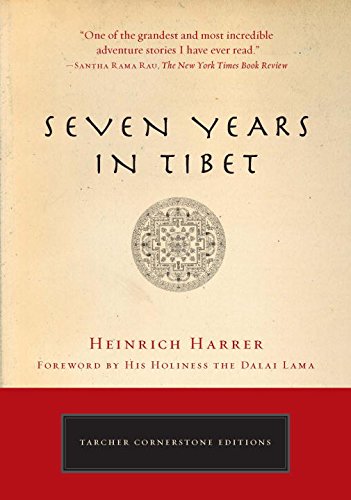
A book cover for Seven Years in Tibet (Cornerstone Editions); Heinrich Harrer; Biographies & Memoirs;